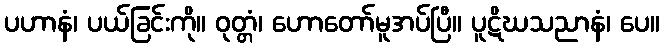
ပဟာနံ၊ ပယ်ခြင်းကို။ ဝုတ္တံ၊ ဟောတော်မူအပ်ပြီ။ ပူဋိဃသညာနံ၊ ပေ။